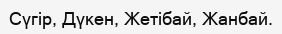
Сүгір, Дүкен, Жетібай, Жанбай.